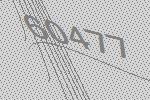
60477